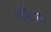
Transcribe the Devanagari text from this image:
गाँधार